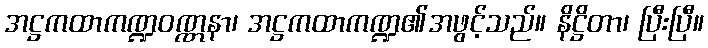
အဋ္ဌကထာကဏ္ဍဝဏ္ဏနာ၊ အဋ္ဌကထာကဏ္ဍ၏အဖွင့်သည်။ နိဋ္ဌိတာ၊ ပြီးပြီ။